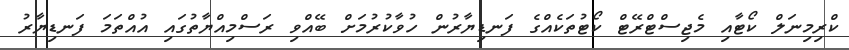
ކްރިމިނަލް ކޯޓާއި މެޖިސްްޓްރޭޓް ކޯޓުތަކެއްގެ ފަނޑިޔާރުން ހުވާކުރުމަށް ބޭއްވި ރަސްމިއްޔާތުގައި އުއްތަމަ ފަނޑިޔާރު